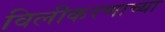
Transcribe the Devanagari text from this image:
विलीकरणाच्या